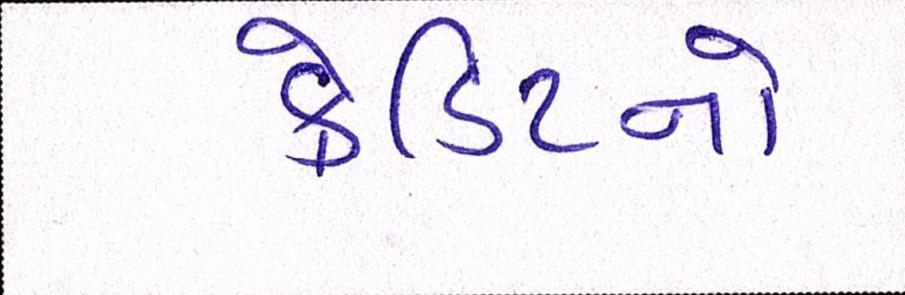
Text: ક્રેડિટનો